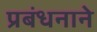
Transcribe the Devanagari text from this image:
प्रबंधनाने